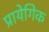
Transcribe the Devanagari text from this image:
प्रायेगिक